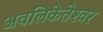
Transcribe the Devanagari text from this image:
अवलिकेतेश्‍वर